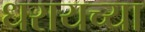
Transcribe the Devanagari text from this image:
धरायच्या